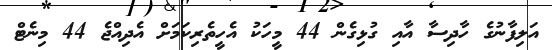
އަލިފާނުގެ ހާދިސާ އާއި ގުޅިގެން 44 މީހަކު އެހީތެރިކަމަށް އެދިއްޖެ 44 މިނެޓް